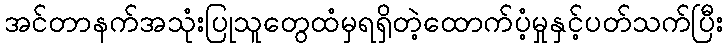
အင်တာနက်အသုံးပြုသူတွေထံမှရရှိတဲ့ထောက်ပံ့မှုနှင့်ပတ်သက်ပြီး